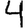
Digit: 4